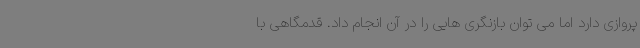
پروازی دارد اما می توان بازنگری هایی را در آن انجام داد. قدمگاهی با